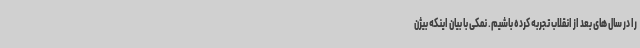
را در سال های بعد از انقلاب تجربه کرده باشیم. نمکی با بیان اینکه بیژن